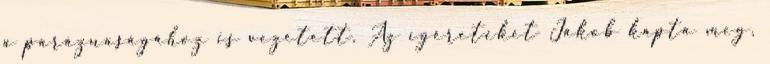
a paráznaságához is vezetett. Az ígéreteket Jákob kapta meg,